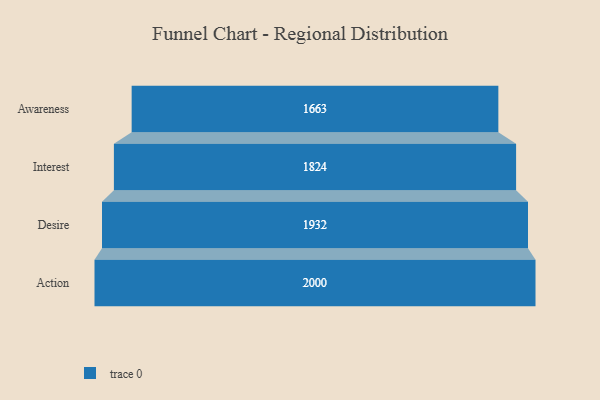
{"axis": {"x": "Stage", "y": "Value"}, "legend": [""], "data": [{"x": "Awareness", "y": 1663.0, "type": ""}, {"x": "Interest", "y": 1824.0, "type": ""}, {"x": "Desire", "y": 1932.0, "type": ""}, {"x": "Action", "y": 2000, "type": ""}]}